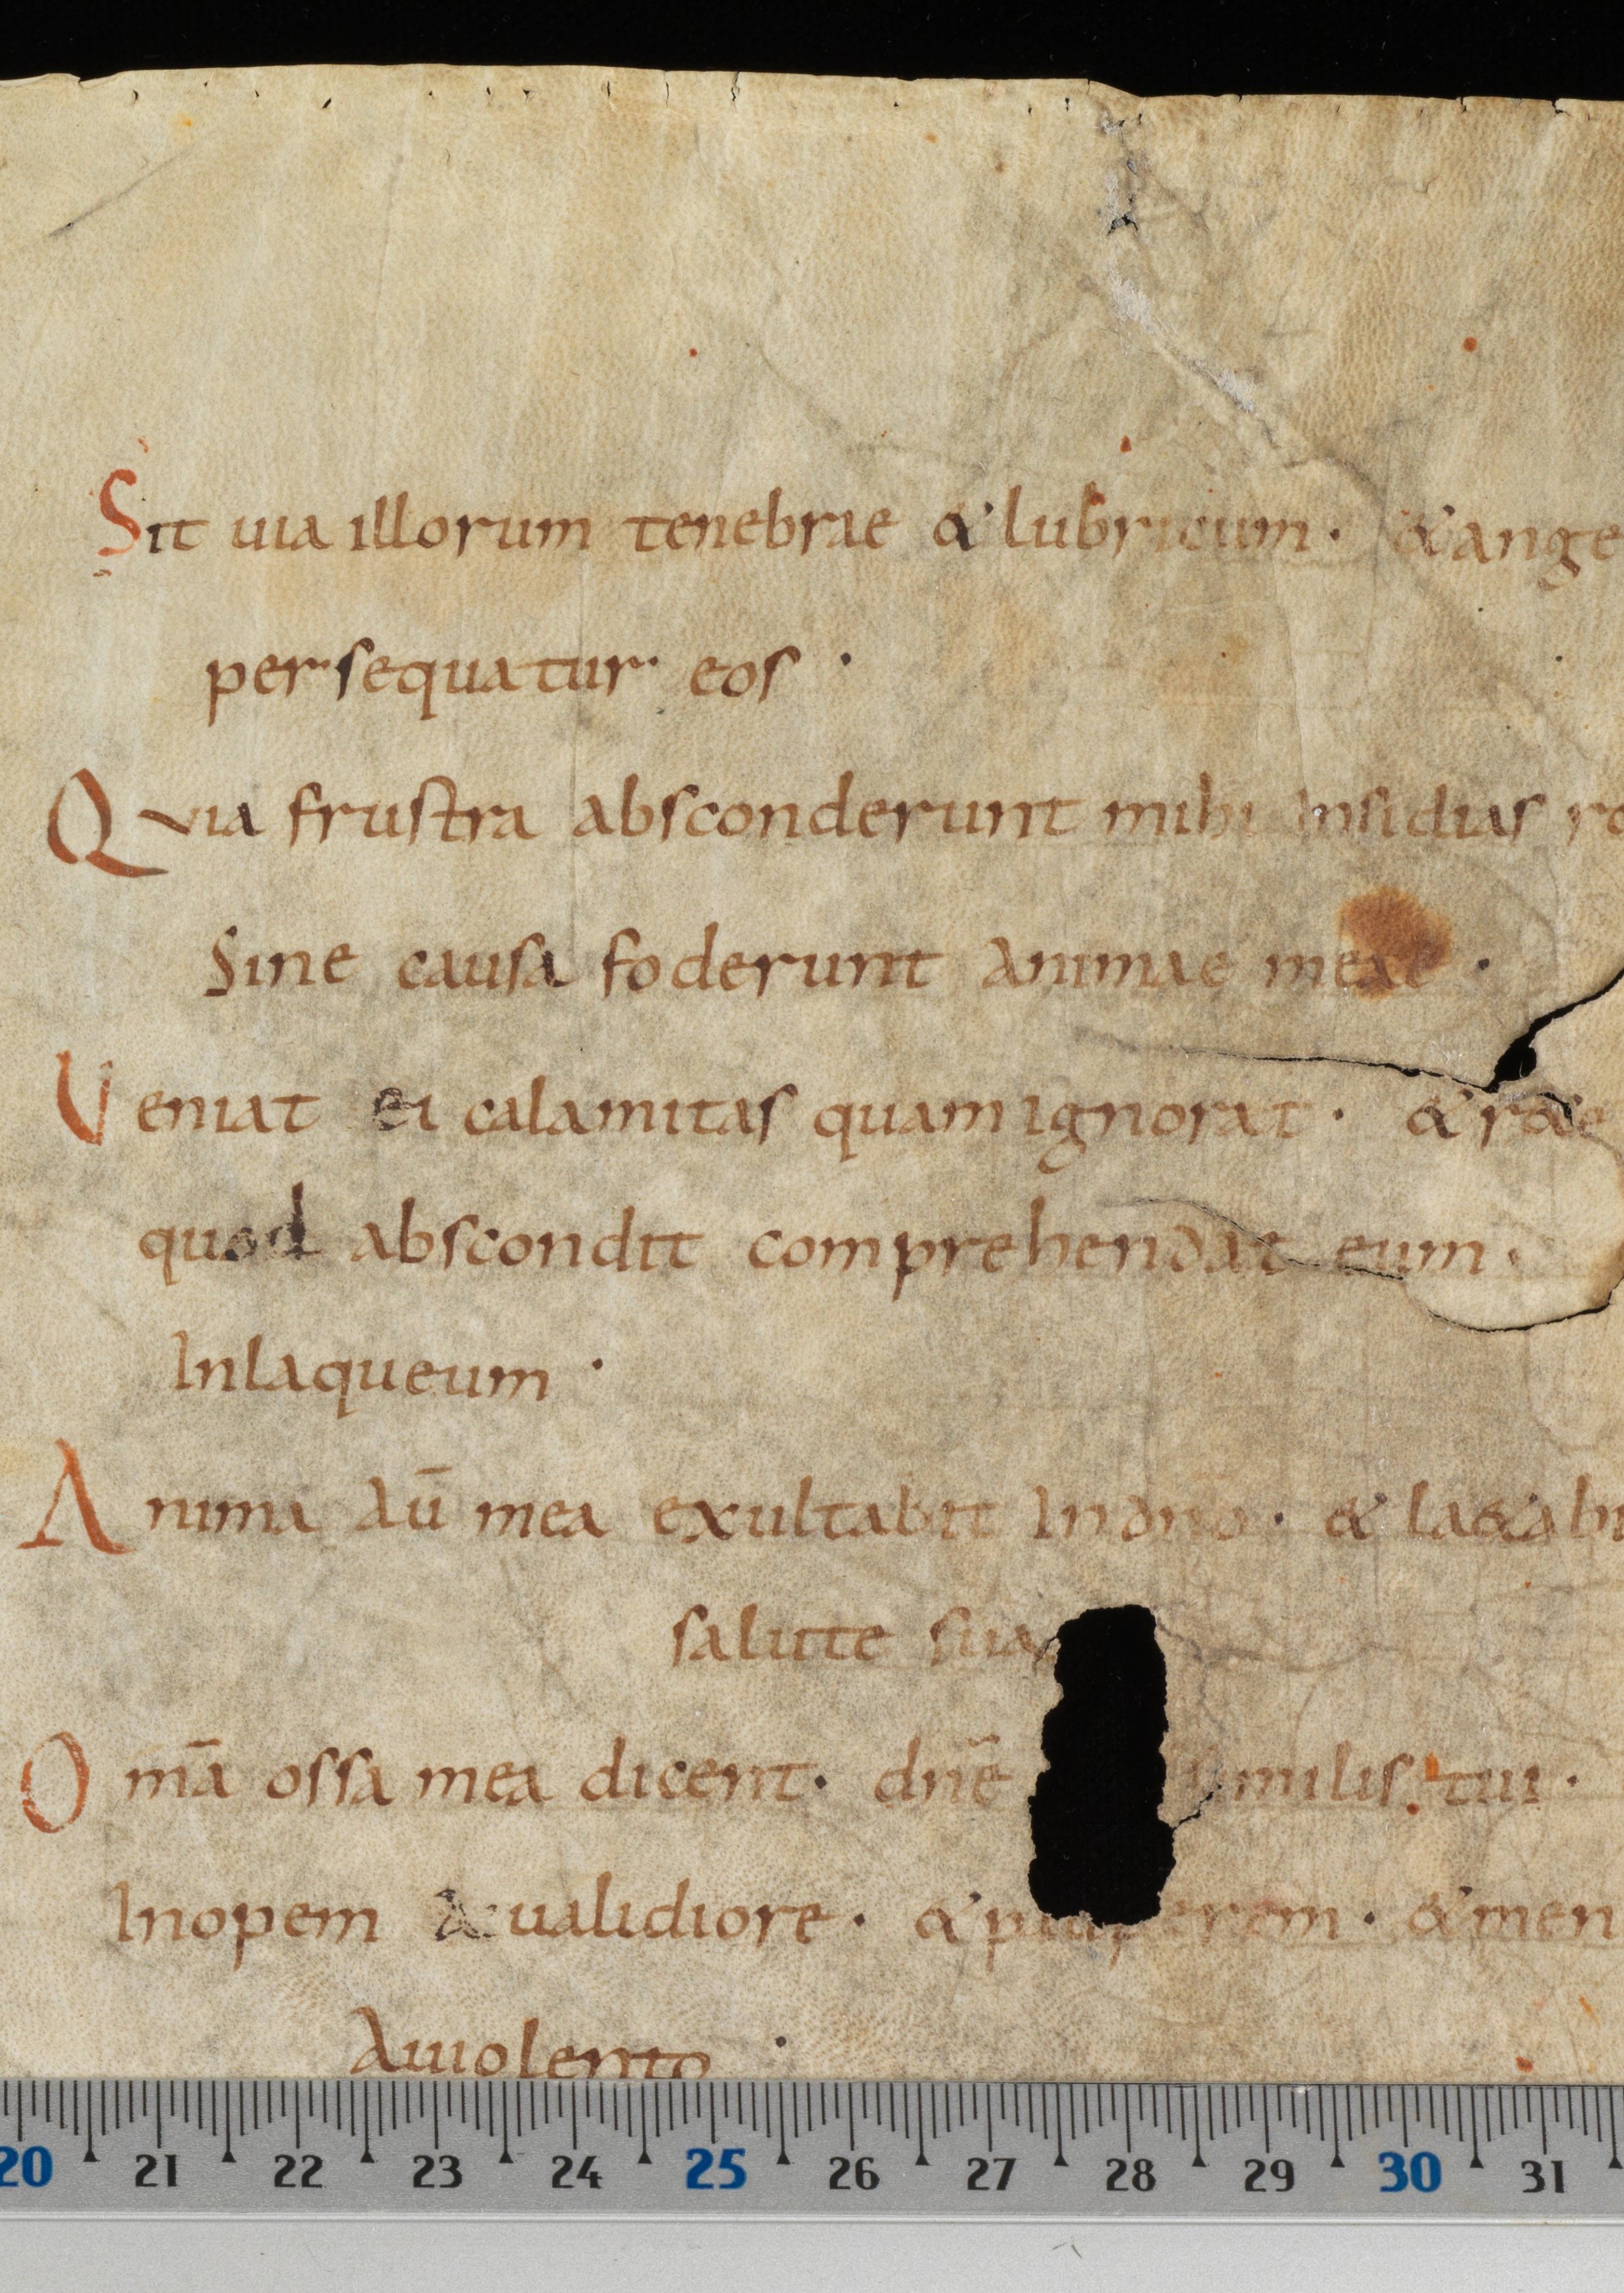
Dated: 885–999